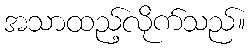
အသာထည့်လိုက်သည်။